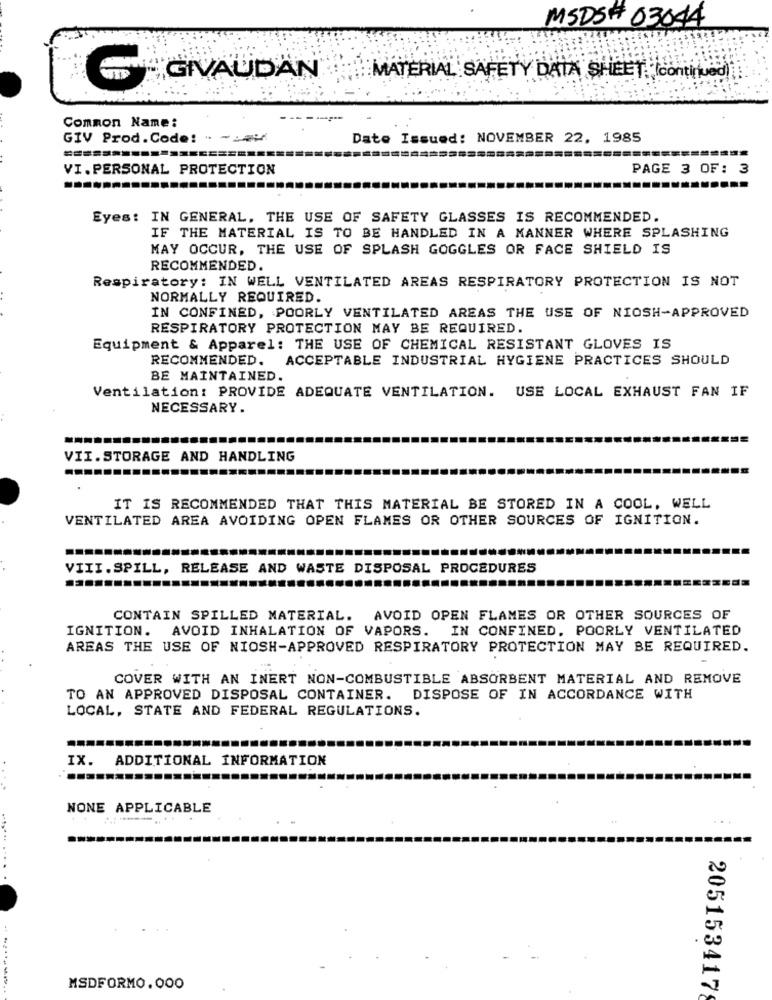
MSDS# 03044
GIVAUDAN
MATERIAL SAFETY DATA SHEET Icontinued)
Common Name:
GIV Prod.Code: -
Date Issued: NOVEMBER 22, 1985
==========
VI.PERSONAL PROTECTION
PAGE 3 OF: 3
Eyes: IN GENERAL, THE USE OF SAFETY GLASSES IS RECOMMENDED.
IF THE MATERIAL IS TO BE HANDLED IN A MANNER WHERE SPLASHING
MAY OCCUR, THE USE OF SPLASH GOGGLES OR FACE SHIELD IS
RECOMMENDED.
Respiratory: IN WELL VENTILATED AREAS RESPIRATORY PROTECTION IS NOT
NORMALLY REQUIRED.
IN CONFINED, POORLY VENTILATED AREAS THE USE OF NIOSH-APPROVED
RESPIRATORY PROTECTION MAY BE REQUIRED.
Equipment & Apparel: THE USE OF CHEMICAL RESISTANT GLOVES IS
RECOMMENDED.
ACCEPTABLE INDUSTRIAL HYGIENE PRACTICES SHOULD
BE MAINTAINED.
Ventilation: PROVIDE ADEQUATE VENTILATION. USE LOCAL EXHAUST FAN IF
NECESSARY.
VII.STORAGE AND HANDLING
IT IS RECOMMENDED THAT THIS MATERIAL BE STORED IN A COOL, WELL
VENTILATED AREA AVOIDING OPEN FLAMES OR OTHER SOURCES OF IGNITION.
VIII.SPILL, RELEASE AND WASTE DISPOSAL PROCEDURES
.......
CONTAIN SPILLED MATERIAL. AVOID OPEN FLAMES OR OTHER SOURCES OF
IGNITION.
AVOID INHALATION OF VAPORS.
IN CONFINED, POORLY VENTILATED
AREAS THE USE OF NIOSH-APPROVED RESPIRATORY PROTECTION MAY BE REQUIRED.
COVER WITH AN INERT NON-COMBUSTIBLE ABSORBENT MATERIAL AND REMOVE
TO AN APPROVED DISPOSAL CONTAINER. DISPOSE OF IN ACCORDANCE WITH
LOCAL, STATE AND FEDERAL REGULATIONS.
IX. ADDITIONAL INFORMATION
..
NONE APPLICABLE
....... .....
MSDFORMO.000
2051534178